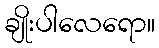
ချိုးပါလေရော။